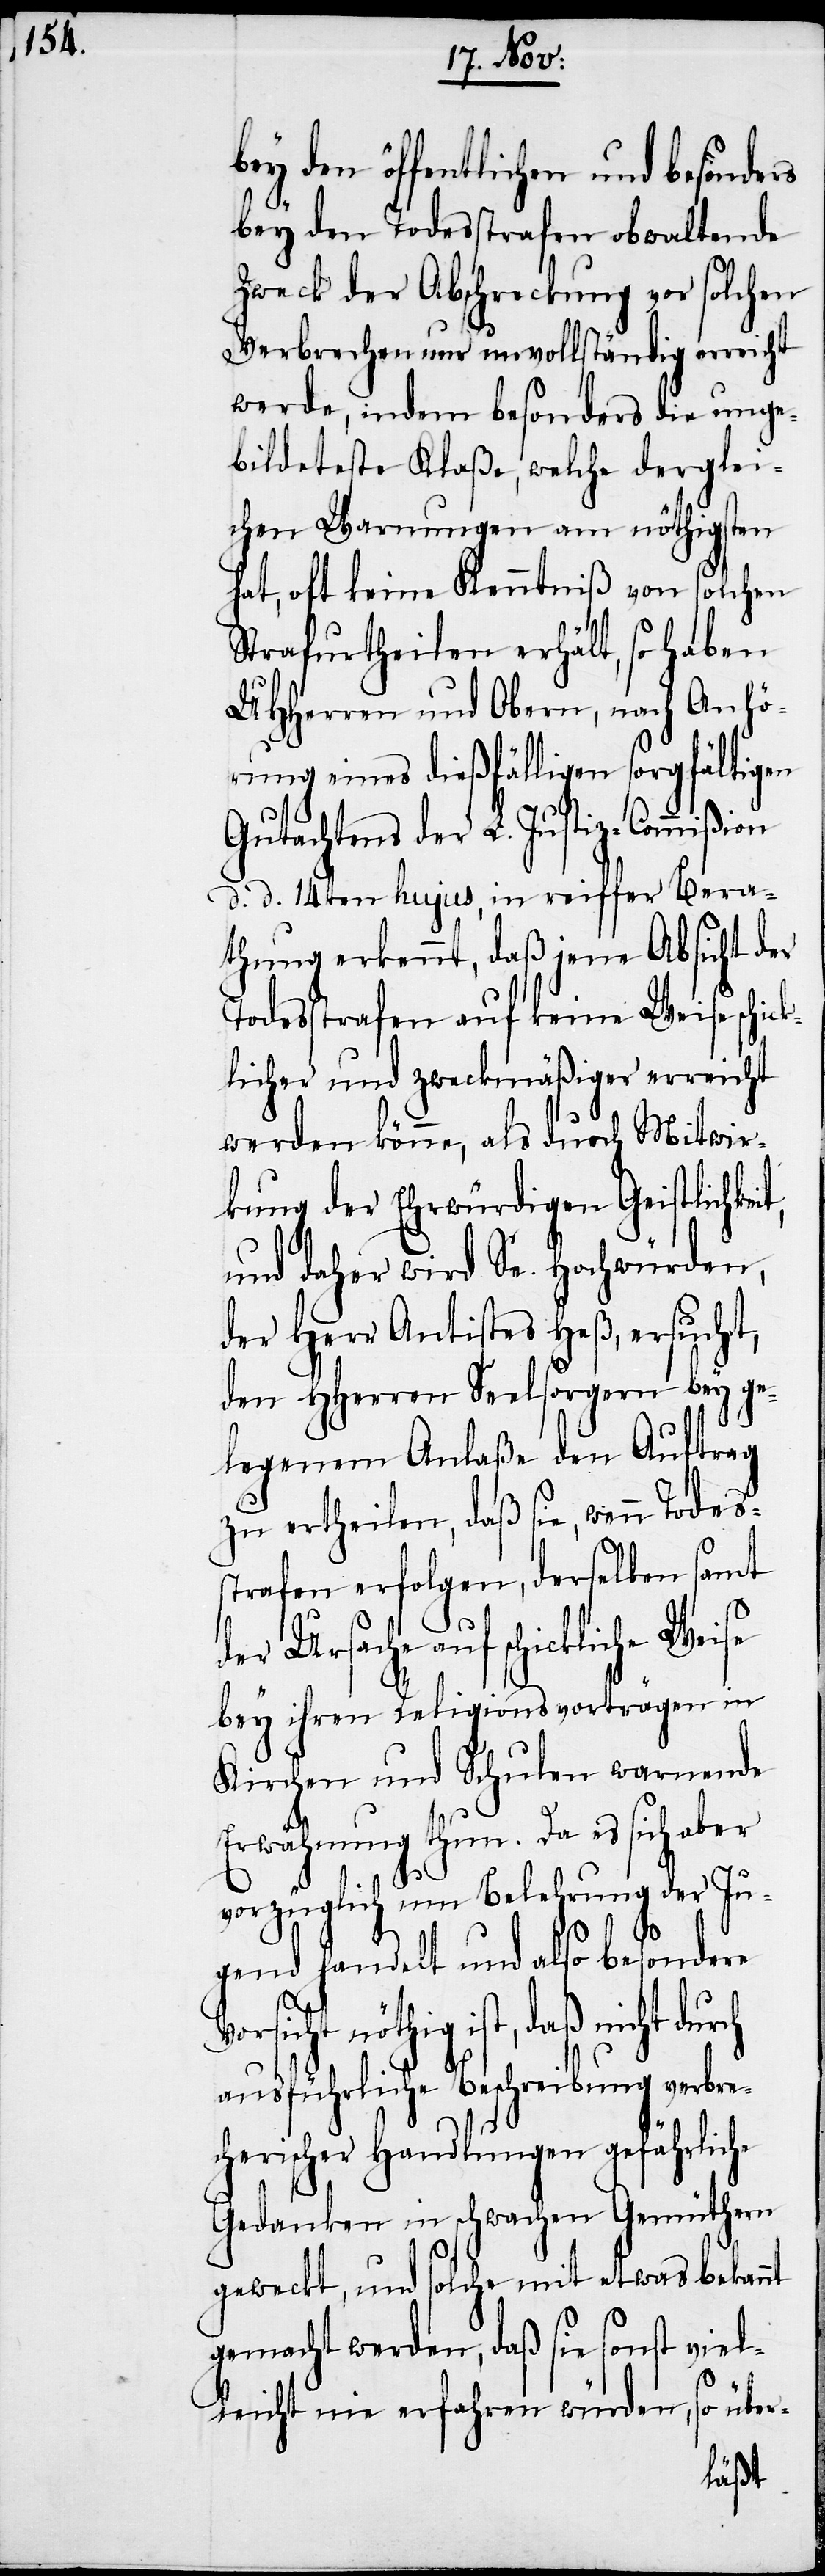
bey den öffentlichen und besonde¬
bey den Todesstrafen obwaltende
Zweck der Abschreckung vor solchen
Verbrechen nur unvollständig erreicht
werde, indem besonders die ung¬
ebildeteste Klaße, welche derglei¬
chen Warnungen am nöthigsten
hat, oft keine Kenntniß von solchen
Strafurtheilen erhält, so haben
UHHerren und Obern, nach Anhö¬
rung eines dießfälligen sorgfältigen
Gutachtens der L. Justiz-Commißion
d. d. 14ten hujus, in reiffer Bera¬
thung erkennt, daß jene Absicht der
Todesstrafen auf keine Weise schick¬
licher und zweckmäßiger erreicht
werden könne, als durch Mitwir¬
kung der Ehrwürdigen Geistlichke¬
und daher wird Se. Hochwürden,
der Herr Antistes Heß, ersucht,
den HHerren Seelsorgern bey ge¬
legenem Anlaße den Auftrag
zu ertheilen, daß sie, wenn Todes¬
strafen erfolgen, derselben samt
der Ursache auf schickliche
bey ihren Religionsvorträgen in
Kirchen und Schulen warnende
Erwähnung thun. Da es sich aber
vorzüglich um Belehrung der Ju¬
gend handelt und also besondere
Vorsicht nöthig ist, daß nicht durch
ausführliche Beschreibung verbrec¬
herischer Handlungen gefährlic¬
Gedanken in schwachen Gemüthern
geweckt, und solche mit etwas bekannt
gemacht werden, daß sie sonst viel¬
über-
leicht nie erfahren würden,